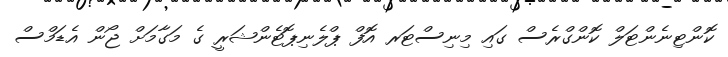
ކޮންޓިނެންޓަލް ކޮންގްރެސް ގައި މިނިސްޓަރ އޮފް ޕްލެނިޕޮޓެންޝަރީ ގެ މަގާމަށް ޖޯން އެޑަމްސް